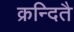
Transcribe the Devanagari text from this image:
क्रन्दितै